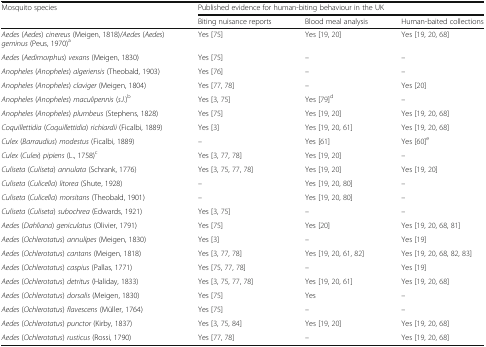
<table><thead><tr><td rowspan="2"><b>Mosquito species</b></td><td colspan="3"><b>Published evidence for human-biting behaviour in the UK</b></td></tr><tr><td><b>Biting nuisance reports</b></td><td><b>Blood meal analysis</b></td><td><b>Human-baited collections</b></td></tr></thead><tbody><tr><td><i>Aedes</i> (<i>Aedes</i>) <i>cinereus</i> (Meigen, 1818)/<i>Aedes</i> (<i>Aedes</i>) <i>geminus</i> (Peus, 1970)<sup>a</sup></td><td>Yes [75]</td><td>Yes [19, 20]</td><td>Yes [19, 20, 68]</td></tr><tr><td><i>Aedes</i> (<i>Aedimorphus</i>) <i>vexans</i> (Meigen, 1830)</td><td>Yes [75]</td><td>–</td><td>–</td></tr><tr><td><i>Anopheles</i> (<i>Anopheles</i>) <i>algeriensis</i> (Theobald, 1903)</td><td>Yes [76]</td><td>–</td><td>–</td></tr><tr><td><i>Anopheles</i> (<i>Anopheles</i>) <i>claviger</i> (Meigen, 1804)</td><td>Yes [77, 78]</td><td>–</td><td>Yes [20]</td></tr><tr><td><i>Anopheles</i> (<i>Anopheles</i>) <i>maculipennis</i> (<i>s.l.</i>)<sup>b</sup></td><td>Yes [3, 75]</td><td>Yes [79]<sup>d</sup></td><td>–</td></tr><tr><td><i>Anopheles</i> (<i>Anopheles</i>) <i>plumbeus</i> (Stephens, 1828)</td><td>Yes [75]</td><td>Yes [19, 20]</td><td>Yes [19, 20, 68]</td></tr><tr><td><i>Coquillettidia</i> (<i>Coquillettidia</i>) <i>richiardii</i> (Ficalbi, 1889)</td><td>Yes [3]</td><td>Yes [19, 20, 61]</td><td>Yes [19, 20, 68]</td></tr><tr><td><i>Culex</i> (<i>Barraudius</i>) <i>modestus</i> (Ficalbi, 1889)</td><td>–</td><td>Yes [61]</td><td>Yes [60]<sup>e</sup></td></tr><tr><td><i>Culex</i> (<i>Culex</i>) <i>pipiens</i> (L., 1758)<sup>c</sup></td><td>Yes [3, 77, 78]</td><td>Yes [19, 20]</td><td>–</td></tr><tr><td><i>Culiseta</i> (<i>Culiseta</i>) <i>annulata</i> (Schrank, 1776)</td><td>Yes [3, 75, 77, 78]</td><td>Yes [19, 20]</td><td>Yes [19, 20]</td></tr><tr><td><i>Culiseta</i> (<i>Culicella</i>) <i>litorea</i> (Shute, 1928)</td><td>–</td><td>Yes [19, 20, 80]</td><td>–</td></tr><tr><td><i>Culiseta</i> (<i>Culicella</i>) <i>morsitans</i> (Theobald, 1901)</td><td>–</td><td>Yes [19, 20, 80]</td><td>–</td></tr><tr><td><i>Culiseta</i> (<i>Culiseta</i>) <i>subochrea</i> (Edwards, 1921)</td><td>Yes [3, 75]</td><td>–</td><td>–</td></tr><tr><td><i>Aedes</i> (<i>Dahliana</i>) <i>geniculatus</i> (Olivier, 1791)</td><td>Yes [75]</td><td>Yes [20]</td><td>Yes [19, 20, 68, 81]</td></tr><tr><td><i>Aedes</i> (<i>Ochlerotatus</i>) <i>annulipes</i> (Meigen, 1830)</td><td>Yes [3]</td><td>–</td><td>Yes [19]</td></tr><tr><td><i>Aedes</i> (<i>Ochlerotatus</i>) <i>cantans</i> (Meigen, 1818)</td><td>Yes [3, 77, 78]</td><td>Yes [19, 20, 61, 82]</td><td>Yes [19, 20, 68, 82, 83]</td></tr><tr><td><i>Aedes</i> (<i>Ochlerotatus</i>) <i>caspius</i> (Pallas, 1771)</td><td>Yes [75, 77, 78]</td><td>–</td><td>Yes [19]</td></tr><tr><td><i>Aedes</i> (<i>Ochlerotatus</i>) <i>detritus</i> (Haliday, 1833)</td><td>Yes [3, 75, 77, 78]</td><td>Yes [19, 20, 61]</td><td>Yes [19, 20, 68]</td></tr><tr><td><i>Aedes</i> (<i>Ochlerotatus</i>) <i>dorsalis</i> (Meigen, 1830)</td><td>Yes [75]</td><td>Yes</td><td>–</td></tr><tr><td><i>Aedes</i> (<i>Ochlerotatus</i>) <i>flavescens</i> (Müller, 1764)</td><td>Yes [75]</td><td>–</td><td>–</td></tr><tr><td><i>Aedes</i> (<i>Ochlerotatus</i>) <i>punctor</i> (Kirby, 1837)</td><td>Yes [3, 75, 84]</td><td>Yes [19, 20]</td><td>Yes [19, 20, 68]</td></tr><tr><td><i>Aedes</i> (<i>Ochlerotatus</i>) <i>rusticus</i> (Rossi, 1790)</td><td>Yes [77, 78]</td><td>–</td><td>Yes [19, 20, 68]</td></tr></tbody></table>